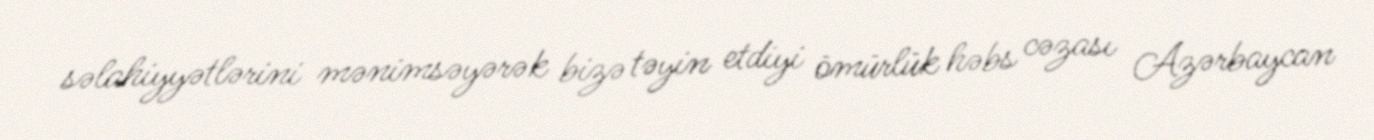
səlahiyyətlərini mənimsəyərək bizə təyin etdiyi ömürlük həbs cəzası Azərbaycan